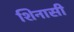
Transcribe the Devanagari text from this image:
शिनासी